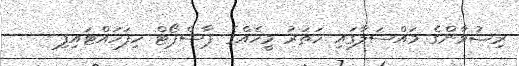
ރިޟުވާންގެ މައްސަލާގައި ހަތަރު މީހެއްގެ ޕާސްޕޯޓް ހިފަހައްޓައިފި